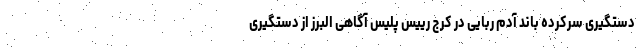
دستگیری سرکرده باند آدم ربایی در کرج رییس پلیس آگاهی البرز از دستگیری